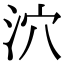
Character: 泬